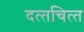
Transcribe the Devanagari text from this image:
दत्‍तचित्‍त